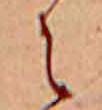
え